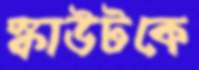
স্কাউটকে